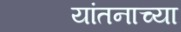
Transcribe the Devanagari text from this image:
यांतनाच्या